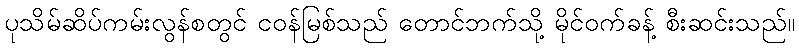
ပုသိမ်ဆိပ်ကမ်းလွန်စတွင် ငဝန်မြစ်သည် တောင်ဘက်သို့ မိုင်ဝက်ခန့် စီးဆင်းသည်။